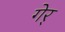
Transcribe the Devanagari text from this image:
गेर्